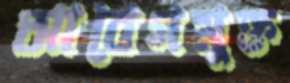
আবেগমুক্ত